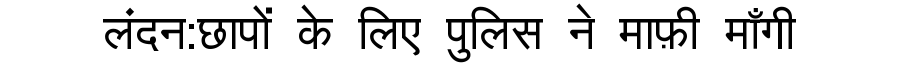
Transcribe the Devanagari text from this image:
लंदन:छापों के लिए पुलिस ने माफ़ी माँगी